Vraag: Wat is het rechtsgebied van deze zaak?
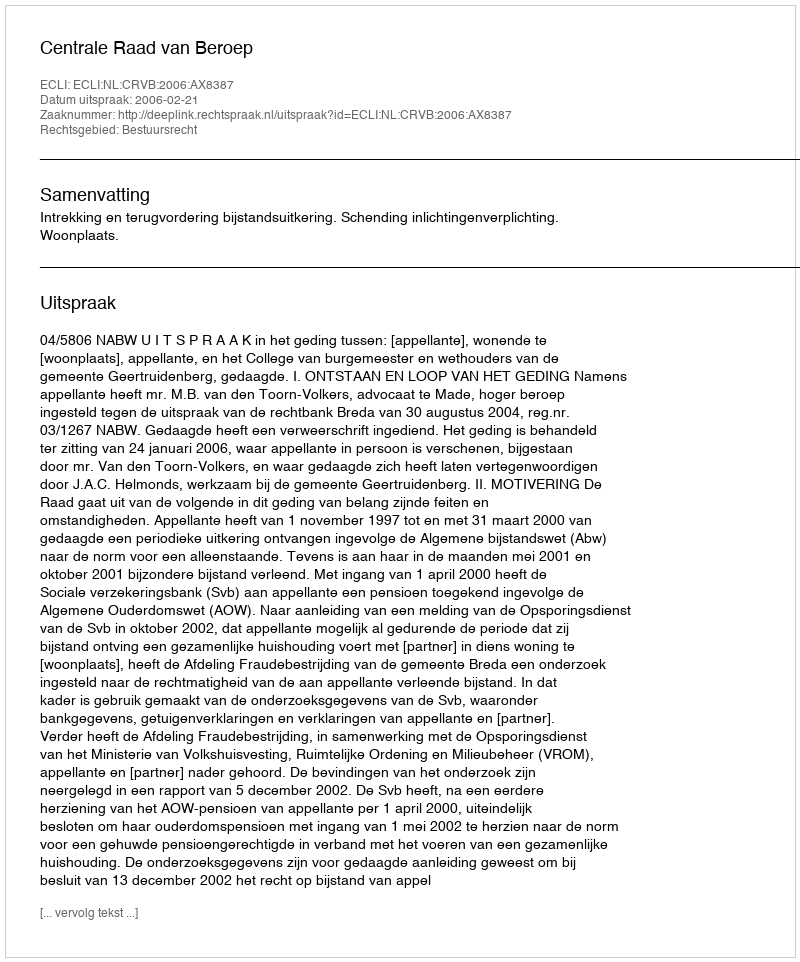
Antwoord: Bestuursrecht